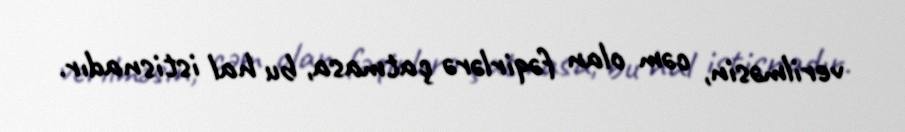
verilməsin, cəm olan fəqirlərə çatmasa, bu hal istisnadır.